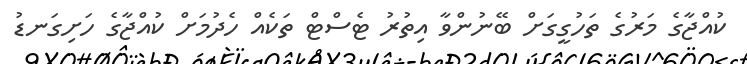
ކުއްޖާގެ މަރުގެ ތަހުގީގަށް ބޭނުންވާ އިތުރު ޓެސްޓް ތަކެއް ހެދުމަށް ކުއްޖާގެ ހަށިގަނޑު